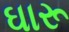
ઘારૂ